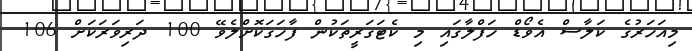
މިއަހަރުގެ ކަލާސް އެވޯޑް ހަފްލާގައި މި ކެޓަގަރީތަކުން ފާހަގަކޮށްލެވޭ 100 ދަރިވަރަކަށް 106